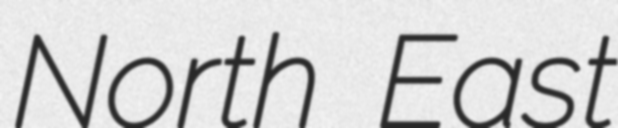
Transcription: North East